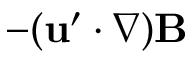
- ( { \bf { u } } ^ { \prime } \cdot \nabla ) { \bf { B } }